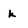
Character: k